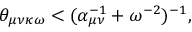
\theta _ { \mu \nu \kappa \omega } < ( \alpha _ { \mu \nu } ^ { - 1 } + \omega ^ { - 2 } ) ^ { - 1 } ,